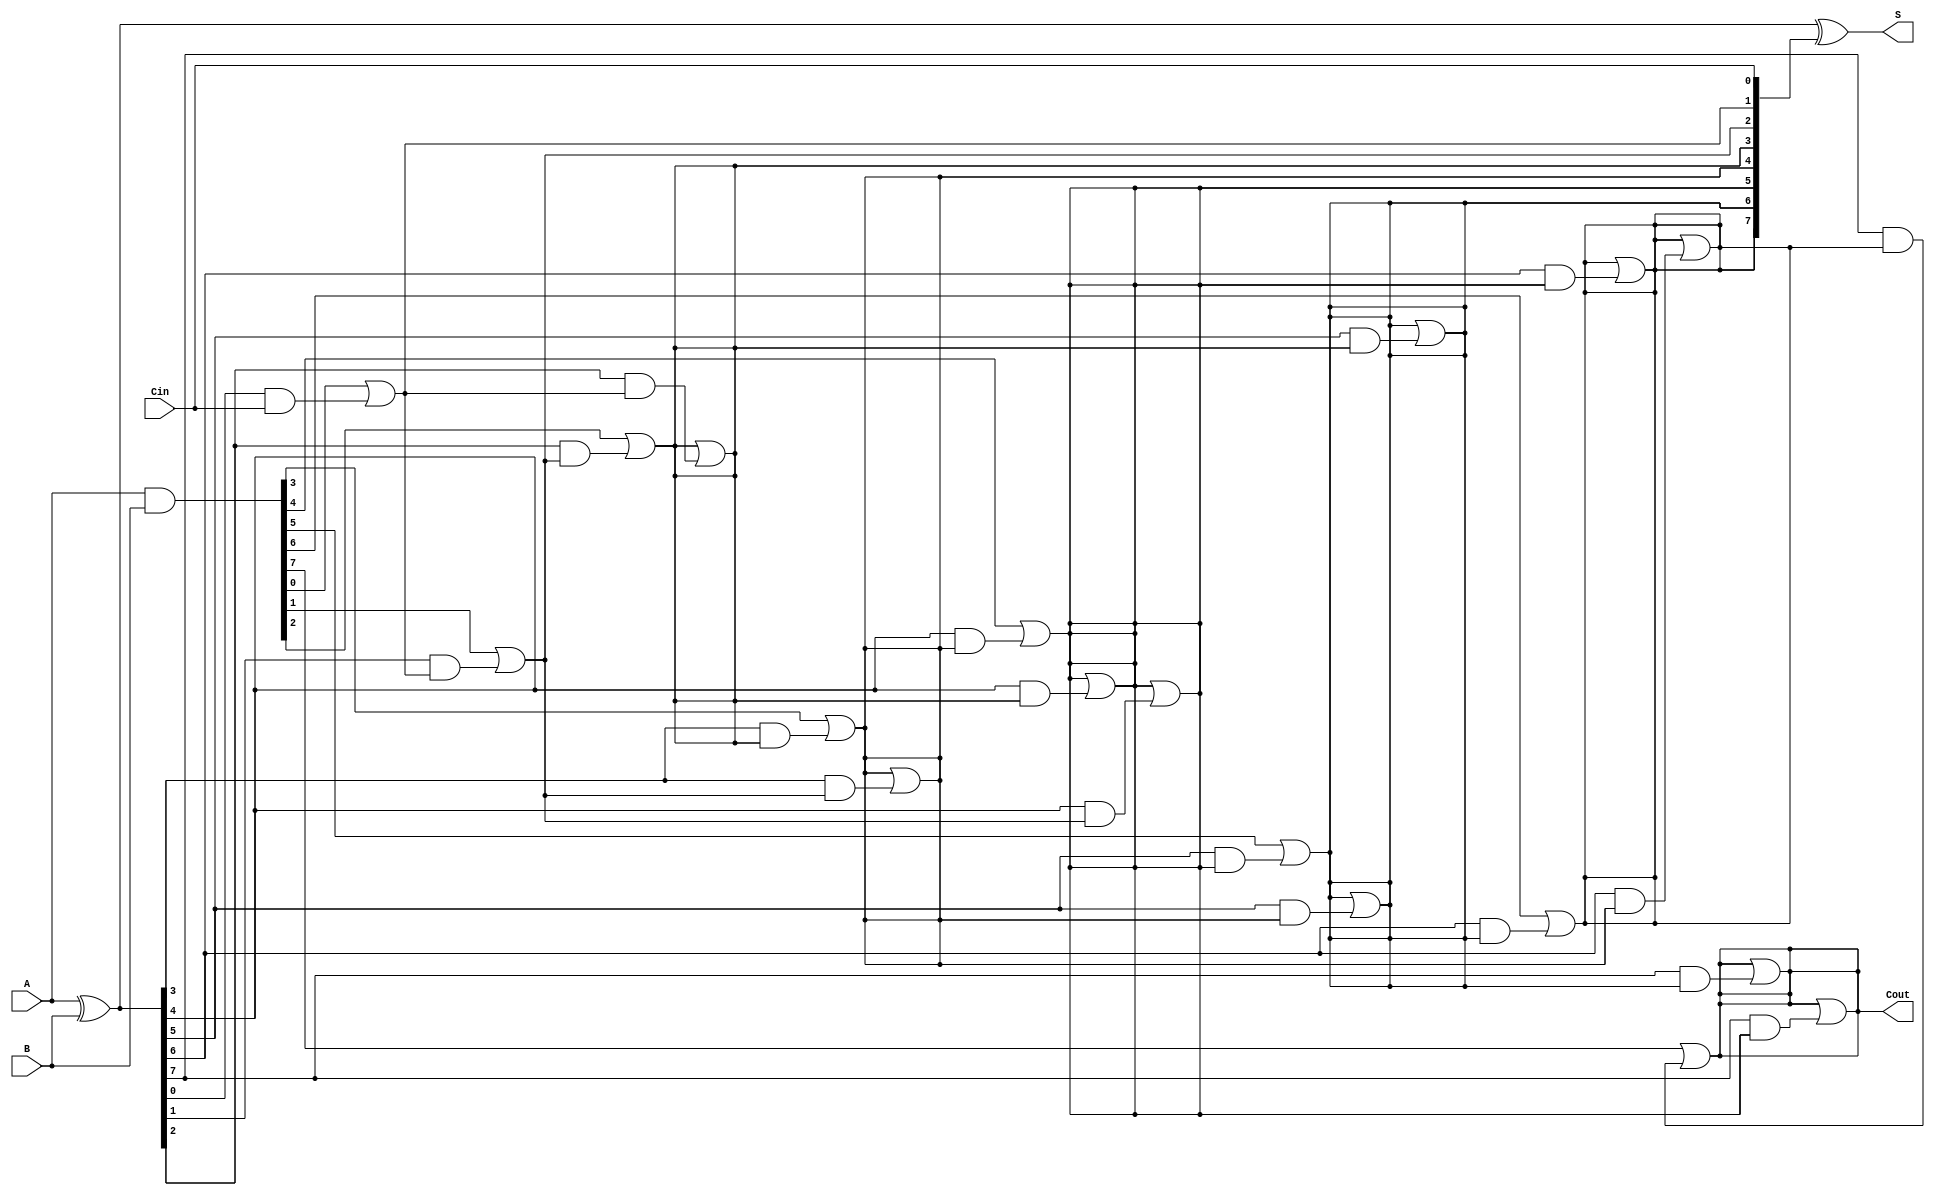
module KoggeStoneAdder #(parameter n = 8) (
    input [n-1:0] A,
    input [n-1:0] B,
    input Cin,
    output [n-1:0] S,
    output Cout
);

    // Generate and Propagate signals
    wire [n-1:0] P; // Propagate
    wire [n-1:0] G; // Generate
    wire [n:0] C;   // Carry signals

    // Initial carry-in
    assign C[0] = Cin;

    // Generate and Propagate calculations
    assign P = A ^ B; // Propagate
    assign G = A & B; // Generate

    // Carry generation using Kogge-Stone logic
    genvar i, j;
    generate
        // Stage 1
        for (i = 0; i < n; i = i + 1) begin : stage1
            assign C[i+1] = G[i] | (P[i] & C[i]);
        end

        // Additional stages
        for (j = 1; j < n; j = j + 1) begin : stages
            for (i = 0; i < n; i = i + 1) begin : carry_gen
                if (i >= (1 << j)) begin
                    assign C[i+1] = C[i+1] | (P[i] & C[i - (1 << (j-1))]);
                end
            end
        end
    endgenerate

    // Sum calculation
    assign S = P ^ C[n-1:0]; // Final sum calculation
    assign Cout = C[n]; // Final carry-out

endmodule